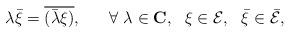
LaTeX: \begin{align*}\lambda \bar{\xi} = \overline{ (\bar{\lambda} \xi)}, ~~~~~ \forall ~ \lambda \in {\bf C}, ~~ \xi \in {\cal E}, ~~ \bar{\xi} \in \bar{\cal E},\end{align*}